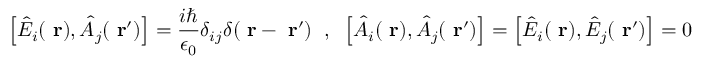
\left[ \hat { E } _ { i } ( \mathrm { \bf ~ r } ) , \hat { A } _ { j } ( \mathrm { \bf ~ r } ^ { \prime } ) \right] = \frac { i \hbar } { \epsilon _ { 0 } } \delta _ { i j } \delta ( \mathrm { \bf ~ r } - \mathrm { \bf ~ r } ^ { \prime } ) \; \; , \; \; \left[ \hat { A } _ { i } ( \mathrm { \bf ~ r } ) , \hat { A } _ { j } ( \mathrm { \bf ~ r } ^ { \prime } ) \right] = \left[ \hat { E } _ { i } ( \mathrm { \bf ~ r } ) , \hat { E } _ { j } ( \mathrm { \bf ~ r } ^ { \prime } ) \right] = 0